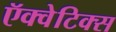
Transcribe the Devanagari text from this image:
ऍक्वेटिक्स